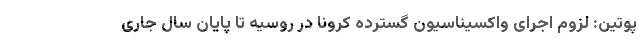
پوتین: لزوم اجرای واکسیناسیون گسترده کرونا در روسیه تا پایان سال جاری